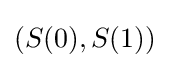
(S(0),S(1))